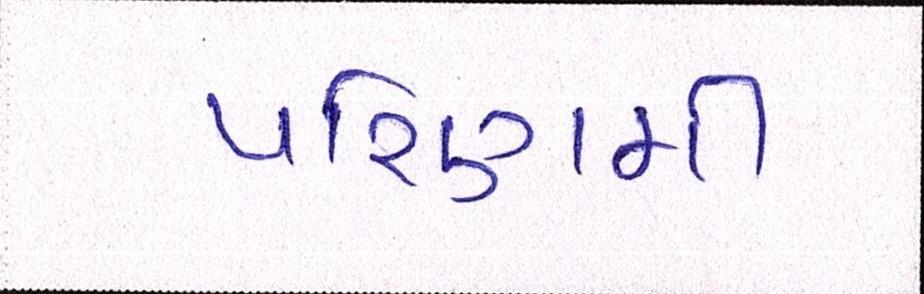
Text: પરિણમી